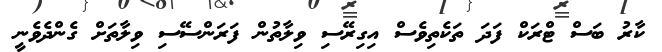
ކާރު ބަސް ޓްރަކް ފަދަ ތަކެތިވެސް އިގިރޭސި ވިލާތުން ފަރަންސޭސި ވިލާތަށް ގެންދެވެނީ